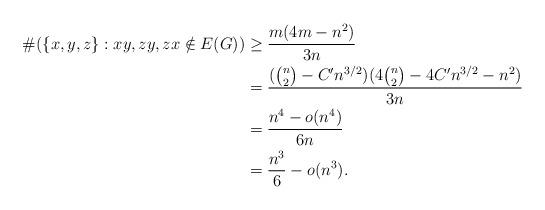
LaTeX: \begin{align*}\displaystyle\#(\{x,y,z\}:xy,zy,zx\notin E(G))&\geq \frac{m(4m-n^2)}{3n}\\&=\frac{(\binom{n}{2} - C'n^{3/2})(4\binom{n}{2} - 4C'n^{3/2}-n^2)}{3n}\\&=\frac{n^4-o(n^4)}{6n}\\&=\frac{n^{3}}{6}-o(n^3).\end{align*}